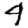
Digit: 4